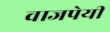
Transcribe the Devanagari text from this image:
वाजपेयीं